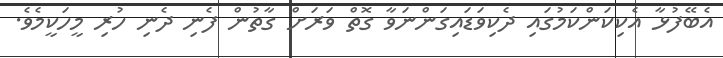
އެބޭފުޅާ އެކިކަންކަމުގައި ދެކިވަޑައިގަންނަވާ ގޮތް ވަރަށް ގާތުން ފެނި ދެނި ހުރި މީހަކީމެވެ.